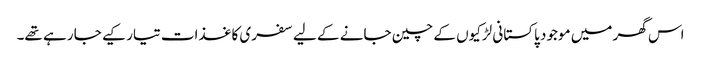
اس گھر میں موجود پاکستانی لڑکیوں کے چین جانے کے لیے سفری کاغذات تیار کیے جا رہے تھے۔